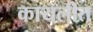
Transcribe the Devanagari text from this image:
कायलीत